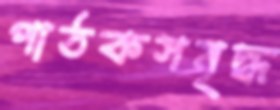
পাঠকসমৃদ্ধ